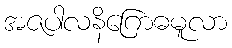
အဇပါလနိဂြောဓမူလာ